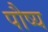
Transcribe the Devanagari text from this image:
पौष्य